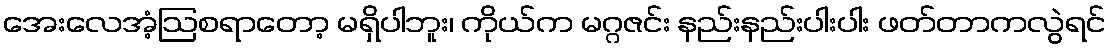
အေးလေအံ့ဩစရာတော့ မရှိပါဘူး၊ ကိုယ်က မဂ္ဂဇင်း နည်းနည်းပါးပါး ဖတ်တာကလွဲရင်